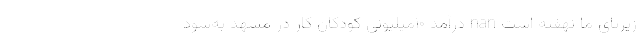
زیرپای ما نهفته است nan درآمد ۱۰میلیونی کودکان کار در مشهد به‌سود